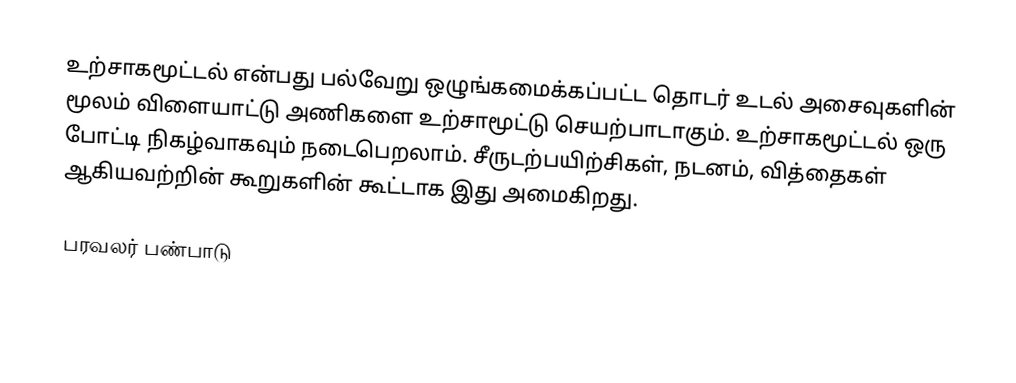
உற்சாகமூட்டல் என்பது பல்வேறு ஒழுங்கமைக்கப்பட்ட தொடர் உடல் அசைவுகளின் மூலம் விளையாட்டு அணிகளை உற்சாமூட்டு செயற்பாடாகும். உற்சாகமூட்டல் ஒரு போட்டி நிகழ்வாகவும் நடைபெறலாம். சீருடற்பயிற்சிகள், நடனம், வித்தைகள் ஆகியவற்றின் கூறுகளின் கூட்டாக இது அமைகிறது.

பரவலர் பண்பாடு